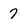
Character: 7